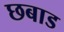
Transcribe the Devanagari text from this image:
छबाड